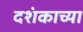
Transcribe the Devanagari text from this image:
दशंकाच्या